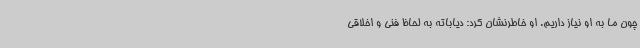
چون ما به او نیاز داریم. او خاطرنشان کرد: دیاباته به لحاظ فنی و اخلاقی